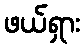
ဖယ်ရှား